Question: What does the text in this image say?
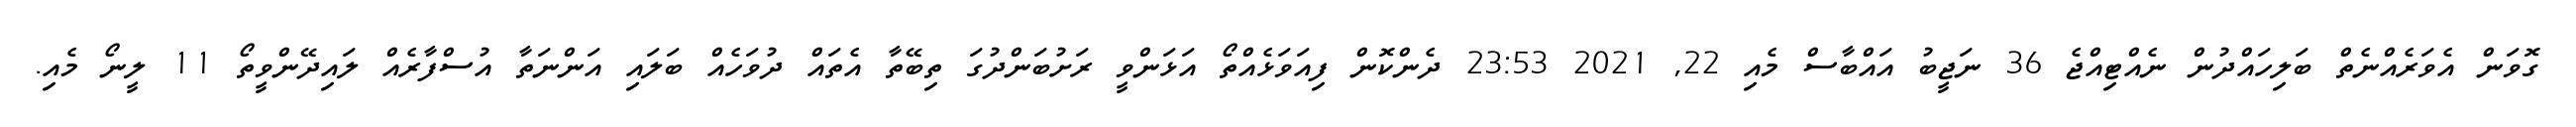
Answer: ގޮވަން އެވަރެއްނެތް ބަލިހައްދުން ނެއްޓިއްޖެ 36 ނަޖީބު އައްބާސް މެއި 22, 2021 23:53 ދެންކޮން ފިއަވަޅެއްތޯ އަޅަންވީ ރަށުބަންދުގަ ތިބޭތާ އެތައް ދުވަހެއް ބަލައި އަންނަތާ އުސްފާރެއް ލައިދޭންވީތޯ 11 ލީނޯ މެއި.